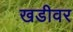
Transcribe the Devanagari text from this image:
खडीवर